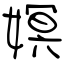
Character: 嫇